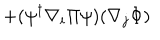
+ ( \psi ^ { \dagger } \nabla _ { i } \Pi \psi ) ( \nabla _ { j } \Phi )